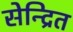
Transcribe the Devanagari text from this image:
सेन्द्रित